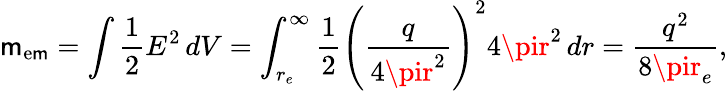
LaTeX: \mathsf{m}_{\mathrm{{e\mathsf{m}}}}=\int{\frac{{1}}{{2}}}E^{2}\, dV=\int_{r_{e}}^{\infty}{\frac{{1}}{{2}}}\left({\frac{{q}}{{4\pir^{2}}}}\right)^{2}4\pir^{2}\, dr={\frac{{q^{2}}}{{8\pir_{e}}}},